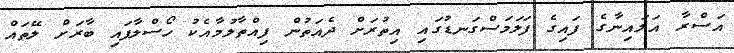
އަސްރާ އަލައިނާގެ ފައިގެ ފަލަމަސްގަނޑުގައި އިތުރަށް ދެއަތުން ފިއްތާލުމާއެކު ހޯސްލާފައި ބާރަށް ލޭތައް